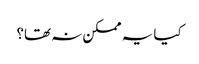
کیا یہ ممکن نہ تھا؟